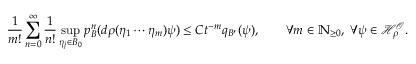
{ \frac { 1 } { m ! } } \sum _ { n = 0 } ^ { \infty } { \frac { 1 } { n ! } } \operatorname* { s u p } _ { \eta _ { j } \in B _ { 0 } } p _ { B } ^ { n } ( d \rho ( \eta _ { 1 } \cdots \eta _ { m } ) \psi ) \leq C t ^ { - m } q _ { B ^ { \prime } } ( \psi ) , \qquad \forall m \in \mathbb { N } _ { \geq 0 } , \; \forall \psi \in \mathcal { H } _ { \rho } ^ { \mathcal { O } } .